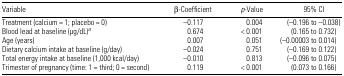
| Variable | β-Coefficient | p-Value | 95% CI |
 | --- | --- | --- | --- |
 | Treatment (calcium = 1; placebo = 0) | −0.117 | 0.004 | (−0.196 to −0.038) |
 | Blood lead at baseline (μg/dL)a | 0.674 | < 0.001 | (0.165 to 0.732) |
 | Age (years) | 0.007 | 0.051 | (−0.00003 to 0.014) |
 | Dietary calcium intake at baseline (g/day) | −0.024 | 0.751 | (−0.169 to 0.122) |
 | Total energy intake at baseline (1,000 kcal/day) | −0.010 | 0.813 | (−0.096 to 0.075) |
 | Trimester of pregnancy (time: 1 = third; 0 = second) | 0.119 | < 0.001 | (0.073 to 0.166) |